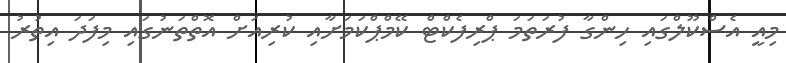
މިއީ އެސްކޫލްގައި ހިންގާ ފުރަތަމަ ޕްރިފެކްޓް ކޭމްޕްކަމަށާއި ކުރިއަށް އޮތްތަނުގައި މިފަދަ އިތުރު